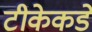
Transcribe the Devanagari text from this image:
टीकेकडे